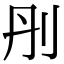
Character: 刐